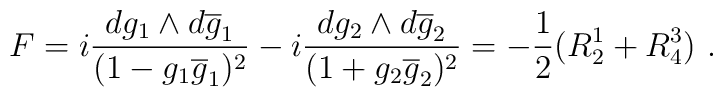
F= i \frac {dg_{1} \wedge d\overline{g}_{1}}{(1- g_{1}\overline{g}_{1})^{2}}- i \frac {dg_{2} \wedge d\overline{g}_{2}}{(1+ g_{2}\overline{g}_{2})^{2}}= - \frac{1}{2}(R^{1}_{2} +R^{3}_{4})~.